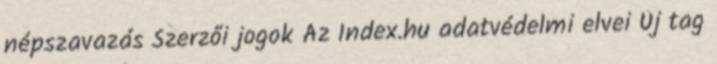
népszavazás Szerzői jogok Az Index.hu adatvédelmi elvei Új tag